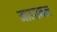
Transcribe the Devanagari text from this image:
मालाकल